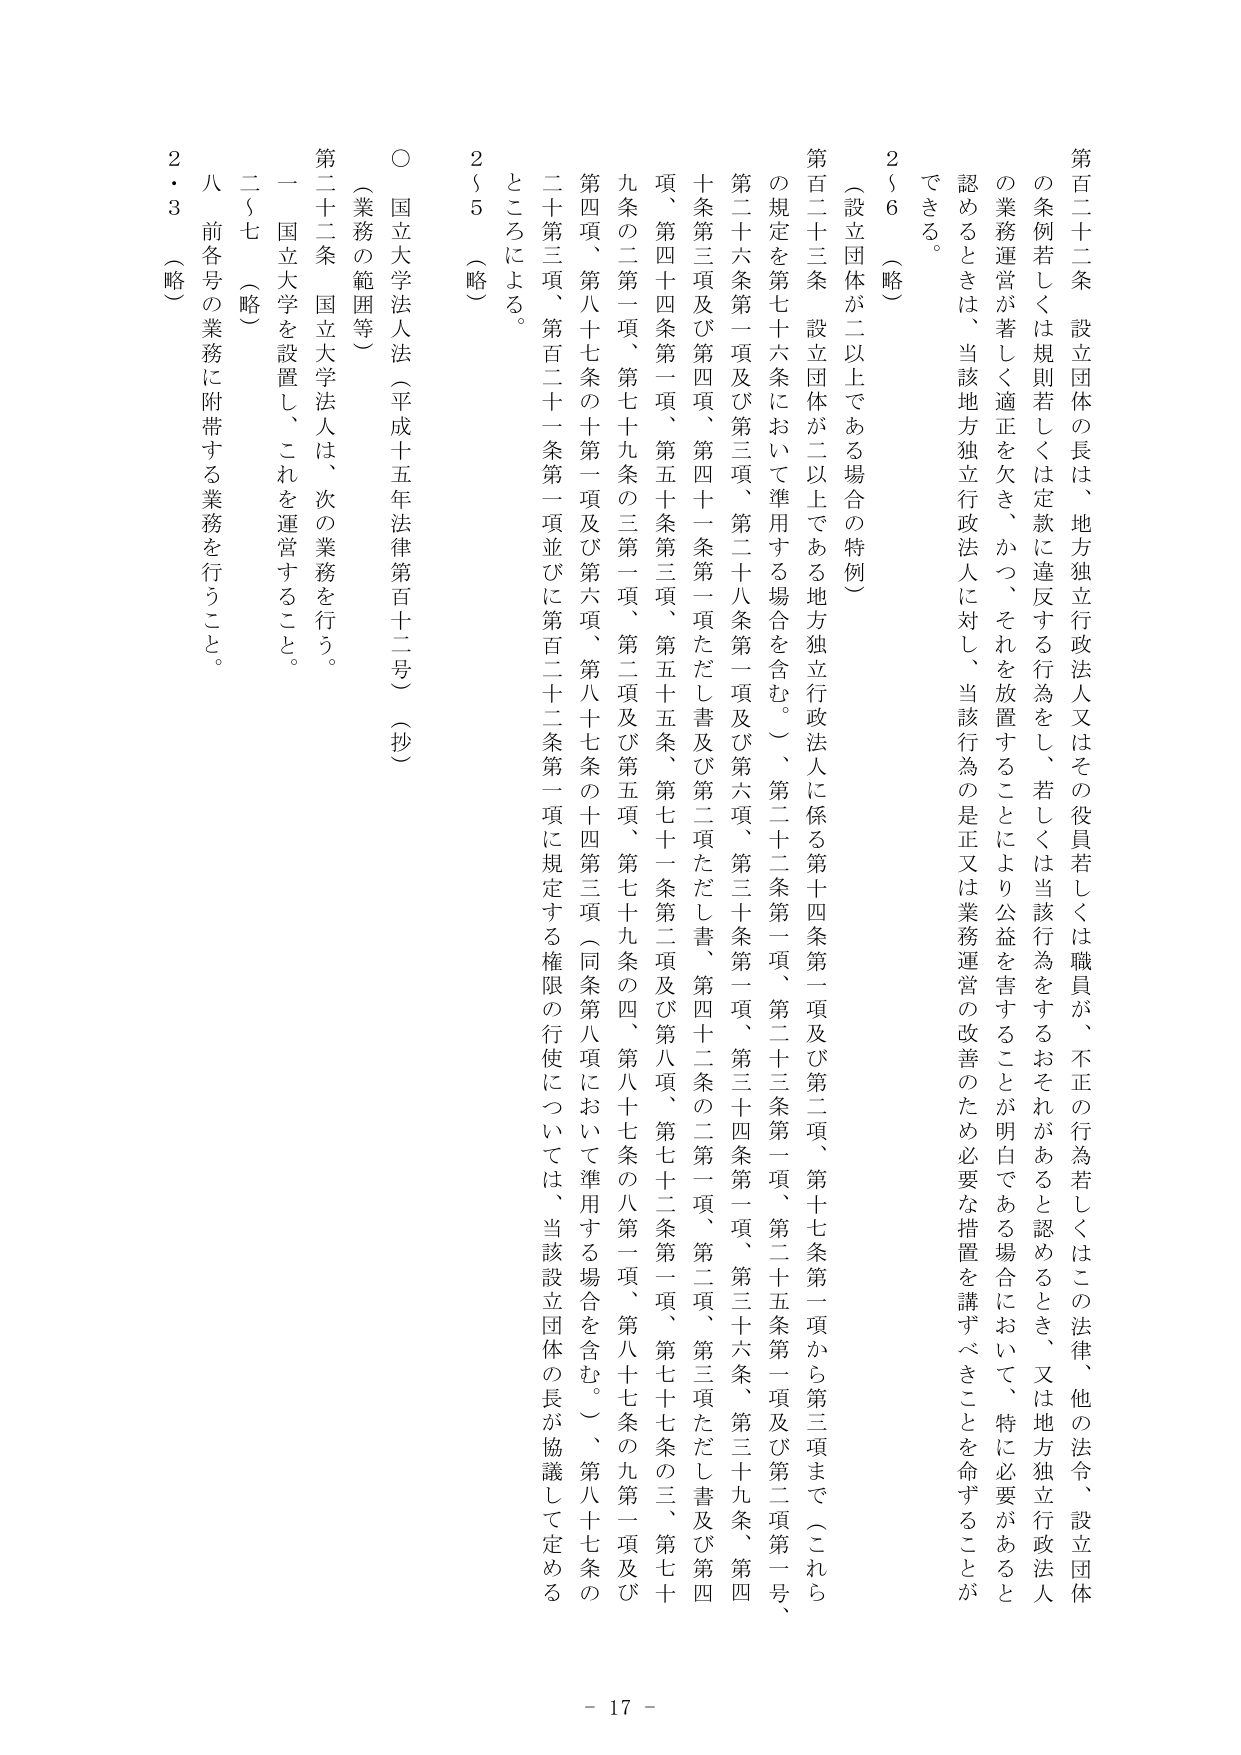
第百二十二条 設立団体の長は、地方独立行政法人又はその役員若しくは職員が、不正の行為若しくはこの法律、他の法令、設立団体の条例若しくは規則若しくは定款に違反する行為をし、若しくは当該行為をするおそれがあると認めるとき、又は地方独立行政法人の業務運営が著しく適正を欠き、かつ、それを放置することにより公益を害することが明白である場合において、特に必要があると認めるときは、当該地方独立行政法人に対し、当該行為の是正又は業務運営の改善のため必要な措置を講ずべきことを命ずることができる。

２～６（略）

（設立団体が二以上である場合の特例）

第百二十三条 設立団体が二以上である地方独立行政法人に係る第十四条第一項及び第二項、第十七条第一項から第三項まで（これら の規定を第七十六条において準用する場合を含む。）、第二十二条第一項、第二十三条第一項、第二十五条第一項及び第二項第一号、 第二十六条第一項及び第三項、第二十八条第一項及び第六項、第三十条第一項、第三十四条第一項、第三十六条、第三十九条、第四 十条第三項及び第四項、第四十一条第一項ただし書及び第二項ただし書、第四十二条の二第一項、第二項、第三項ただし書及び第四 項、第四十四条第一項、第五十条第三項、第五十五条、第七十一条第二項及び第八項、第七十二条第一項、第七十七条の三、第七十 九条の二第一項、第七十九条の三第一項、第二項及び第五項、第七十九条の四、第八十七条の八第一項、第八十七条の九第一項及び 第四項、第八十七条の十第一項及び第六項、第八十七条の十四第三項（同条第八項において準用する場合を含む。）、第八十七条の 二十第三項、第百二十一条第一項並びに第百二十二条第一項に規定する権限の行使については、当該設立団体の長が協議して定める ところによる。

２～５（略）

○ 国立大学法人法（平成十五年法律第百十二号）（抄）

（業務の範囲等）

第二十二条 国立大学法人は、次の業務を行う。

一 国立大学を設置し、これを運営すること。

二～七（略）

八 前各号の業務に附帯する業務を行うこと。

２・３（略）

- 17 -